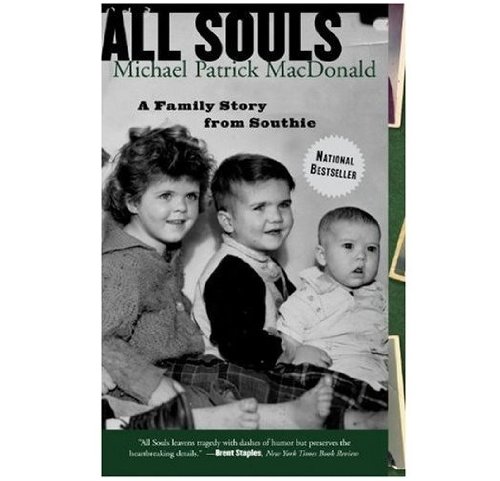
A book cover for All Souls: A Family Story from Southie; Michael Patrick MacDonald; Biographies & Memoirs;